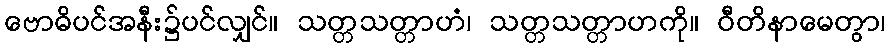
ဗောဓိပင်အနီး၌ပင်လျှင်။ သတ္တသတ္တာဟံ၊ သတ္တသတ္တာဟကို။ ဝီတိနာမေတွာ၊